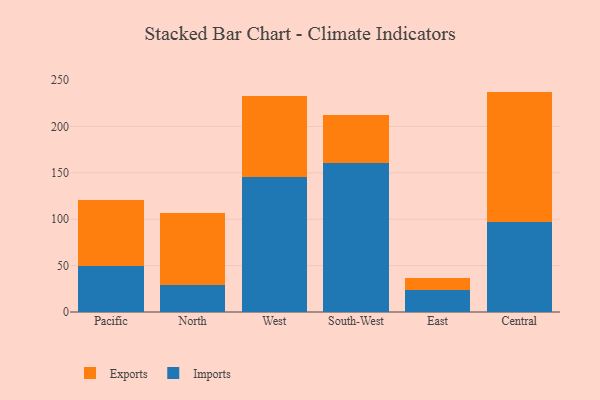
{"axis": {"x": "Region", "y": "Satisfaction Score"}, "legend": ["Exports", "Imports"], "data": [{"x": "Pacific", "y": 49.7, "type": "Imports"}, {"x": "Pacific", "y": 71.0, "type": "Exports"}, {"x": "North", "y": 29.5, "type": "Imports"}, {"x": "North", "y": 77.0, "type": "Exports"}, {"x": "West", "y": 145.7, "type": "Imports"}, {"x": "West", "y": 86.7, "type": "Exports"}, {"x": "South-West", "y": 160.1, "type": "Imports"}, {"x": "South-West", "y": 52.6, "type": "Exports"}, {"x": "East", "y": 23.4, "type": "Imports"}, {"x": "East", "y": 13.6, "type": "Exports"}, {"x": "Central", "y": 97.2, "type": "Imports"}, {"x": "Central", "y": 140.4, "type": "Exports"}]}